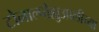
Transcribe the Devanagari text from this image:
टोनाल्पोह्युआलीच्या